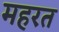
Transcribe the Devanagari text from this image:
महरत